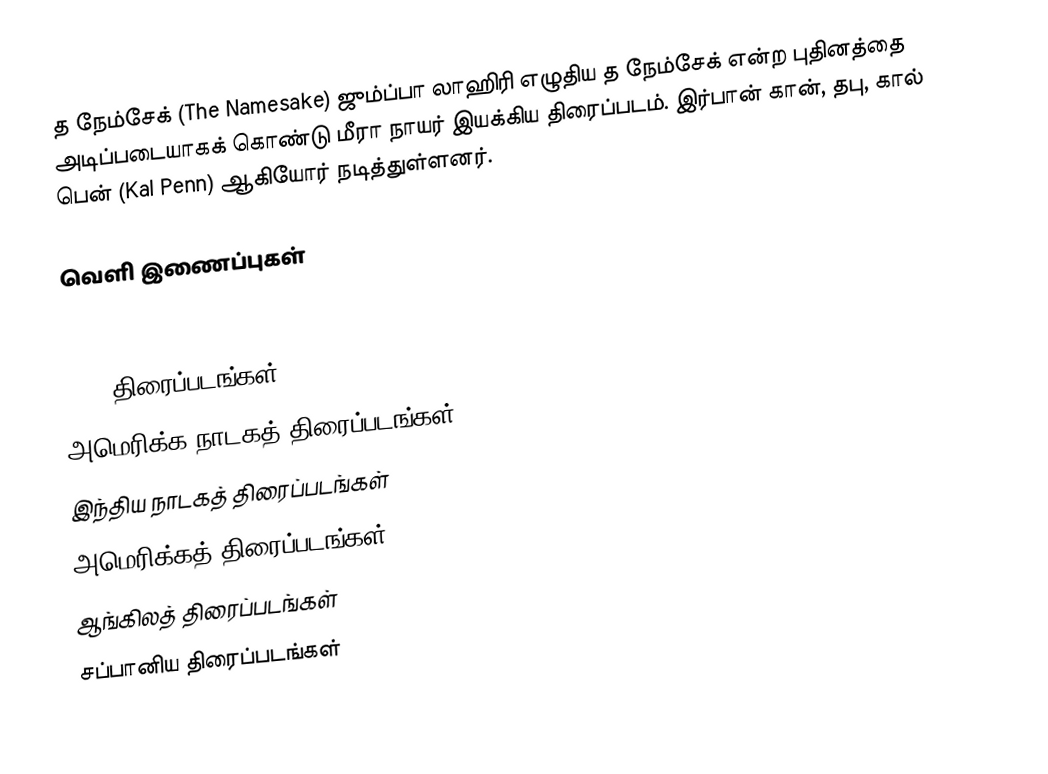
த நேம்சேக் (The Namesake) ஜும்ப்பா லாஹிரி எழுதிய த நேம்சேக் என்ற புதினத்தை அடிப்படையாகக் கொண்டு மீரா நாயர் இயக்கிய திரைப்படம். இர்பான் கான், தபு, கால் பென் (Kal Penn) ஆகியோர் நடித்துள்ளனர்.

வெளி இணைப்புகள்

2007 திரைப்படங்கள்
அமெரிக்க நாடகத் திரைப்படங்கள்
இந்திய நாடகத் திரைப்படங்கள்
அமெரிக்கத் திரைப்படங்கள்
ஆங்கிலத் திரைப்படங்கள்
சப்பானிய திரைப்படங்கள்